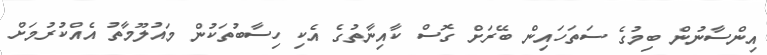
އިންސާނުން ބިމުގެ ސަތަހައިން ބޭރަށް ގޮސް ކާއިނާތުގެ އެކި ހިސާބުތަކުން މައުލޫމާތު އެއްކުރުމަށް